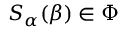
S _ { \alpha } ( \beta ) \in \Phi